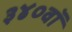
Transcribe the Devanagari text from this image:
३४०वॉ